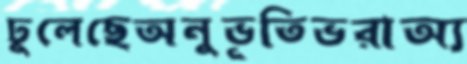
ঢুলেছেঅনুভূতিভরাঅ্য